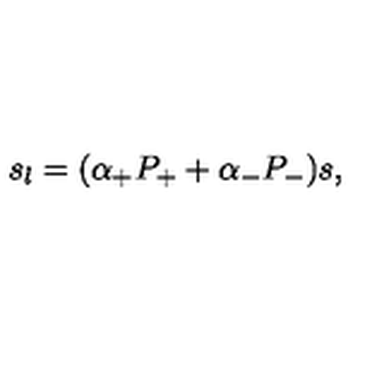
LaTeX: s _ { l } = ( \alpha _ { + } P _ { + } + \alpha _ { - } P _ { - } ) s ,